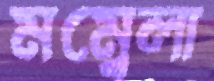
মম্বেলা